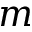
m